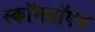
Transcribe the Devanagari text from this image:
स्कॉमब्रॉएड